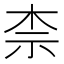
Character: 柰